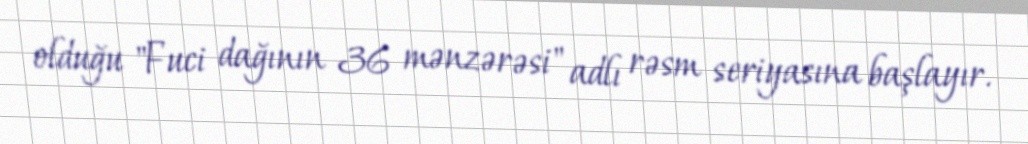
olduğu "Fuci dağının 36 mənzərəsi" adlı rəsm seriyasına başlayır.